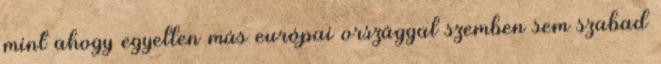
mint ahogy egyetlen más európai országgal szemben sem szabad